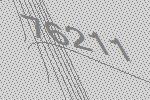
76211